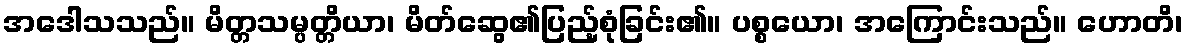
အဒေါသသည်။ မိတ္တသမ္ပတ္တိယာ၊ မိတ်ဆွေ၏ပြည့်စုံခြင်း၏။ ပစ္စယော၊ အကြောင်းသည်။ ဟောတိ၊